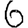
Digit: 6